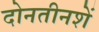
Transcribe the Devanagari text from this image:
दोनतीनशें